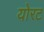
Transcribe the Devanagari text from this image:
योरट